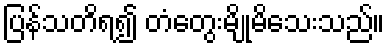
ပြန်သတိရ၍ တံတွေးမျိုမိသေးသည်။